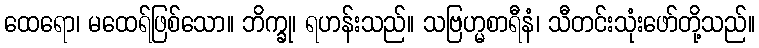
ထေရော၊ မထေရ်ဖြစ်သော။ ဘိက္ခု၊ ရဟန်းသည်။ သဗြဟ္မစာရီနံ၊ သီတင်းသုံးဖော်တို့သည်။